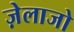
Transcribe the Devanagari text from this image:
ज़ेलाजो